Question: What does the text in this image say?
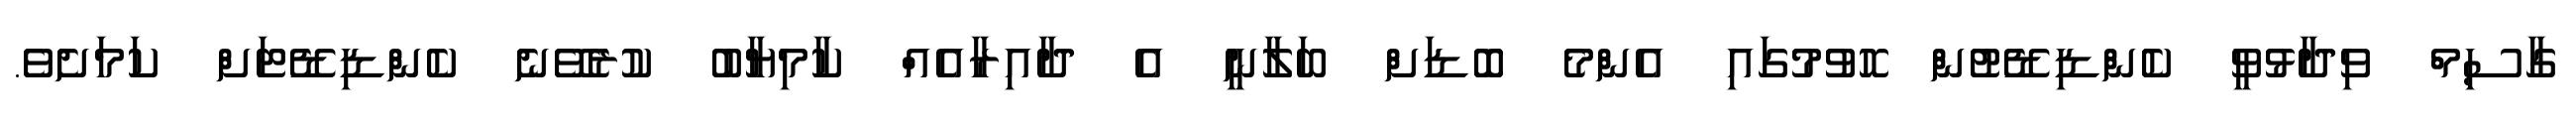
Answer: ގާސިމް ވިދާޅުވީ ކެންޑިޑޭޓުން ހޮވުމުގައި އެންމެ ބޮޑަށް ބަލާނީ އެ ދާއިރާއެއް ކާމިޔާބު ކުރެވޭނެ ކެންޑިޑޭޓަށް ކަމަށެވެ.